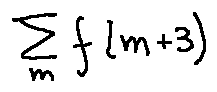
\sum \limits _ { m } f ( m + 3 )